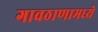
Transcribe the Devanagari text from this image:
गावठाणामध्ये